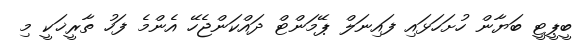
ބީޕީޓީ ބަޔާން ހުށަހަޅައި ފައިނަލް ޕޭމަންޓް ދައްކަންޖެހޭ އެންމެ ފަހު ތާރީޚަކީ މި